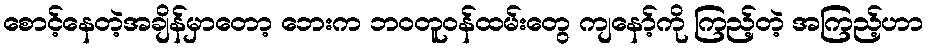
စောင့်နေတဲ့အချိန်မှာတော့ ဘေးက ဘဝတူဝန်ထမ်းတွေ ကျနော့်ကို ကြည့်တဲ့ အကြည့်ဟာ